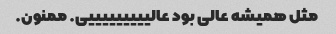
مثل همیشه عالی بود عالیییییییییی. ممنون.